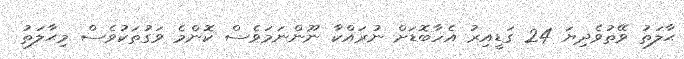
ޙާލަތު ވޭތުވެދިޔަ 24 ގަޑީއިރު އެހާބޮޑަށް ނުރައްކާ ނޫންނަމަވެސް ކޮންމެ ވަގުތަކުވެސް މިޙާލަތު